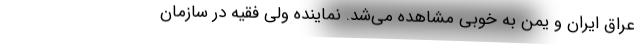
عراق ایران و یمن به خوبی مشاهده می‌شد. نماینده ولی فقیه در سازمان